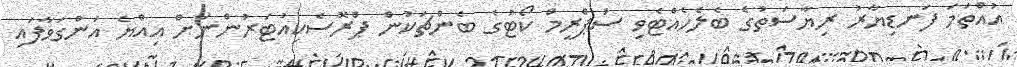
އުއްތަމަ ފަނޑިޔާރު ރިޔާސަތުގެ ބެލެހެއްޓެވި ސުޕްރީމް ކޯޓުގެ ބެންޗަކުން ޕްރޮސެކިއުޓަރުންނަށް އިއްޔެ އަންގަވާފައި